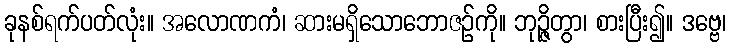
ခုနစ်ရက်ပတ်လုံး။ အလောဏကံ၊ ဆားမရှိသောဘောဇဉ်ကို။ ဘုဉ္ဇိတွာ၊ စားပြီး၍။ ဒဗ္ဗေ၊